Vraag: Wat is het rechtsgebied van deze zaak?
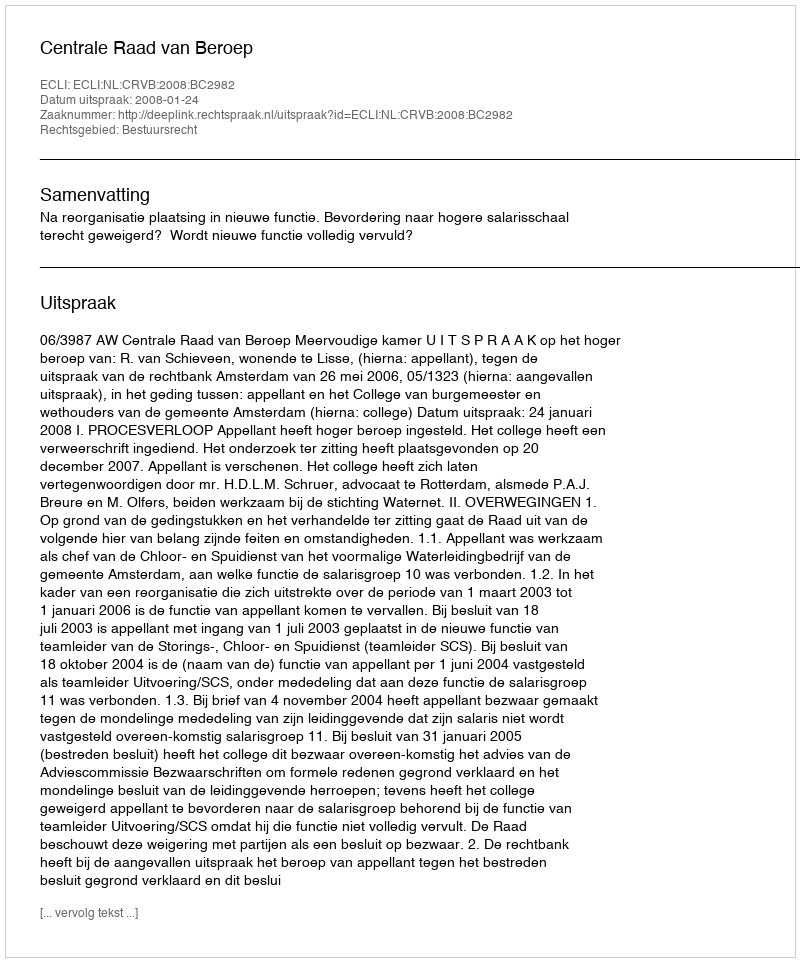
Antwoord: Bestuursrecht